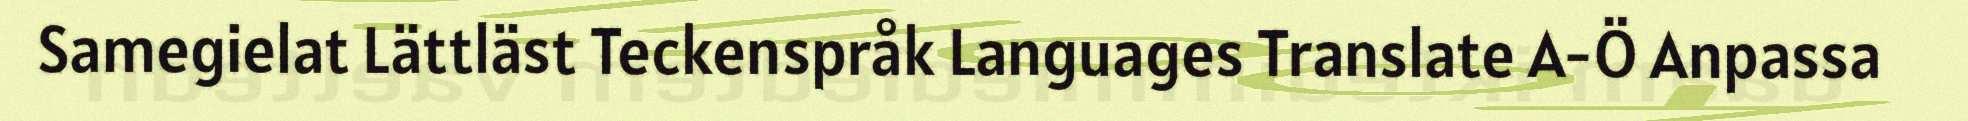
Samegielat Lättläst Teckenspråk Languages Translate A-Ö Anpassa